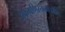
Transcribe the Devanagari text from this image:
अफगणिस्तानपर्यंत